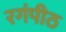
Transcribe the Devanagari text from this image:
रगंपीठ